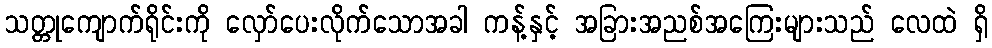
သတ္တုကျောက်ရိုင်းကို လှော်ပေးလိုက်သောအခါ ကန့်နှင့် အခြားအညစ်အကြေးများသည် လေထဲ ရှိ